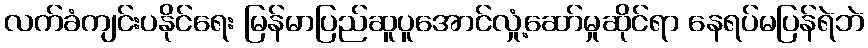
လက်ခံကျင်းပနိုင်ရေး မြန်မာပြည်ဆူပူအောင်လှုံ့ဆော်မှုဆိုင်ရာ နေရပ်မပြန်ရဲဘဲ